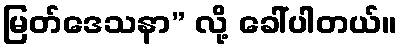
မြတ်ဒေသနာ” လို့ ခေါ်ပါတယ်။